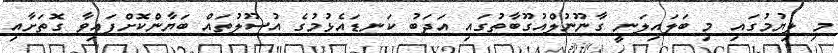
މި ލިޔުމުގައި މި ބަލައިލަނީ ގާނޫނުލްއުގޫބާތުގައި އަދަބު ކަނޑައެޅުމުގެ އުސޫލުތައް ބަޔާންކޮށްފައިވާ ގޮތަށާއި